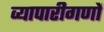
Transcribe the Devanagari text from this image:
व्यापारीगणों